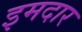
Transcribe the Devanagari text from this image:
इमदार